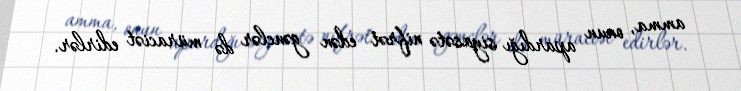
amma, onun apardığı siyasətə nifrət edən gənclər də müraciət edirlər.